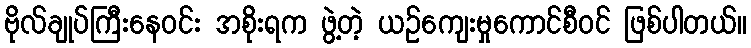
ဗိုလ်ချုပ်ကြီးနေဝင်း အစိုးရက ဖွဲ့တဲ့ ယဉ်ကျေးမှုကောင်စီဝင် ဖြစ်ပါတယ်။